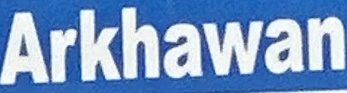
Arkhawan